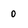
Character: 0